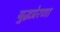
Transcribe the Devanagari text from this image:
युद्धप्रेरणा